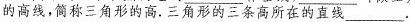
的高线，简称三角形的高。三角形的三条高所在的直线___.